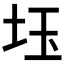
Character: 𡊩